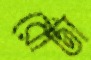
রোটা